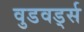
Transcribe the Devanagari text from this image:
वुडवर्ड्स